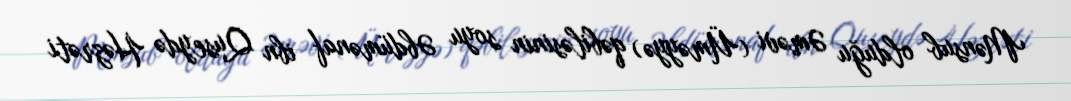
Mənsub olduğu Əməvi (Üməyyə) qəbiləsinin soyu Əbdümənaf ibn Quseydə Həzrəti